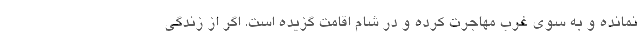
نمانده و به سوی غرب مهاجرت کرده و در شام اقامت گزیده است. اگر از زندگی